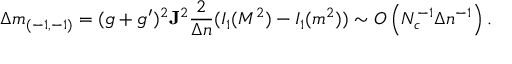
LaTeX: \Delta m _ { ( - 1 , - 1 ) } = ( g + g ^ { \prime } ) ^ { 2 } { \bf J } ^ { 2 } { \frac { 2 } { \Delta n } } ( { \cal I } _ { 1 } ( M ^ { 2 } ) - { \cal I } _ { 1 } ( m ^ { 2 } ) ) \sim { \cal O } \left( N _ { c } ^ { - 1 } \Delta n ^ { - 1 } \right) .